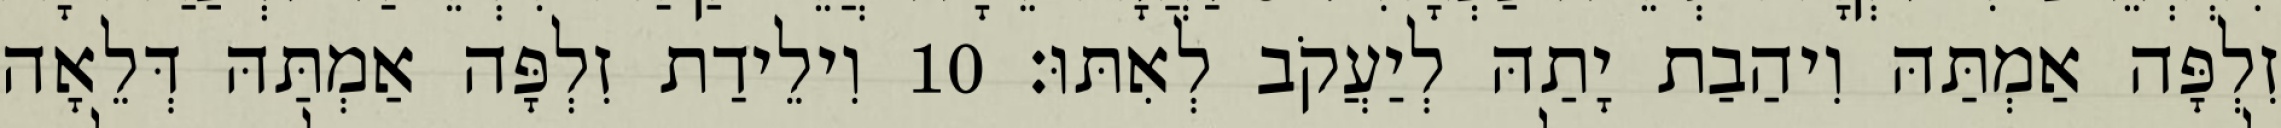
זִלְפָּה אַמְתַּהּ וִיהַבַת יָתַהּ לְיַעֲקֹב לְאִתּוּ׃ 10 וִילֵידַת זִלְפָּה אַמְתַּהּ דְּלֵאָה